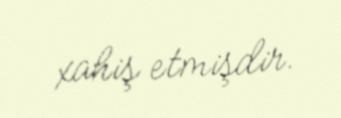
xahiş etmişdir.